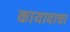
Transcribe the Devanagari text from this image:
कायावाचा